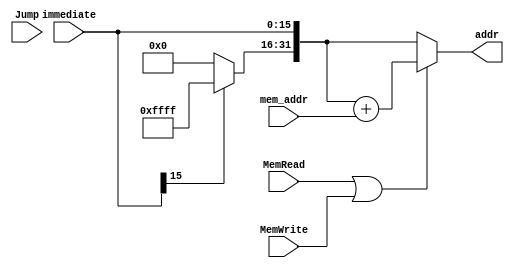
module Sign_extend
#(parameter DATA_WIDTH=32, parameter ADDR_WIDTH=16)
(
 input [(ADDR_WIDTH-1):0] immediate,
 input Jump, MemRead, MemWrite,
 input [31:0] mem_addr,
 output reg [(DATA_WIDTH-1):0] addr
);

 always @(immediate)
 begin
  
  if(immediate[(ADDR_WIDTH-1)]==1) 
	addr[(DATA_WIDTH-1):ADDR_WIDTH] = 16'b1111111111111111;
  else  
   addr[(DATA_WIDTH-1):ADDR_WIDTH] = 16'b0000000000000000;
  
  addr[(ADDR_WIDTH-1):0] = immediate[(ADDR_WIDTH-1):0];

  if(MemRead || MemWrite) addr = addr+mem_addr;
 end
endmodule